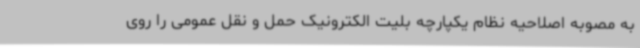
به مصوبه اصلاحیه نظام یکپارچه بلیت الکترونیک حمل و نقل عمومی را روی